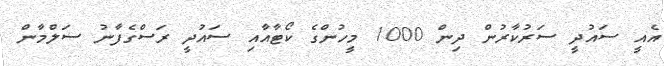
އެއީ ސައުދީ ސަރުކާރުން ދިން 1000 މީހުންގެ ކޯޓާއާއި ސައުދީ ރަސްގެފާނު ސަލްމާން